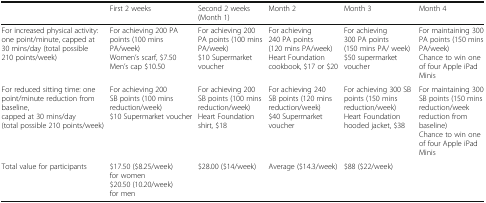
<table><thead><tr><td></td><td><b>First 2 weeks</b></td><td><b>Second 2 weeks(Month 1)</b></td><td><b>Month 2</b></td><td><b>Month 3</b></td><td><b>Month 4</b></td></tr></thead><tbody><tr><td>For increased physical activity: one point/minute, capped at 30 mins/day (total possible 210 points/week)</td><td>For achieving 200 PA points (100 mins PA/week)Women’s scarf, $7.50Men’s cap $10.50</td><td>For achieving 200 PA points (100 mins PA/week)$10 Supermarket voucher</td><td>For achieving 240 PA points (120 mins PA/week)Heart Foundation cookbook, $17 or $20</td><td>For achieving 300 PA points (150 mins PA/ week)$50 supermarket voucher</td><td>For maintaining 300 PA points (150 mins PA/week)Chance to win one of four Apple iPad Minis</td></tr><tr><td>For reduced sitting time: one point/minute reduction from baseline, capped at 30 mins/day (total possible 210 points/week)</td><td>For achieving 200 SB points (100 mins reduction/week)$10 Supermarket voucher</td><td>For achieving 200 SB points (100 mins reduction/week)Heart Foundation shirt, $18</td><td>For achieving 240 SB points (120 mins reduction/week)$40 Supermarket voucher</td><td>For achieving 300 SB points (150 mins reduction/week)Heart Foundation hooded jacket, $38</td><td>For maintaining 300 SB points (150 mins reduction/week reduction from baseline)Chance to win one of four Apple iPad Minis</td></tr><tr><td>Total value for participants</td><td>$17.50 ($8.25/week) for women$20.50 (10.20/week) for men</td><td>$28.00 ($14/week)</td><td>Average ($14.3/week)</td><td>$88 ($22/week)</td><td></td></tr></tbody></table>